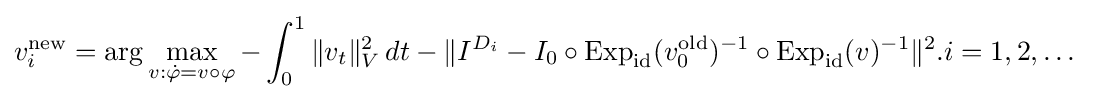
v_{i}^{\text{new}}=\arg \max _{v:{\dot {\varphi }}=v\circ \varphi }-\int _{0}^{1}\|v_{t}\|_{V}^{2}\,dt-\|I^{D_{i}}-I_{0}\circ \operatorname {Exp} _{\mathrm {id} }(v_{0}^{\text{old}})^{-1}\circ \operatorname {Exp} _{\mathrm {id} }(v)^{-1}\|^{2}.i=1,2,\dots